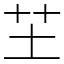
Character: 芏